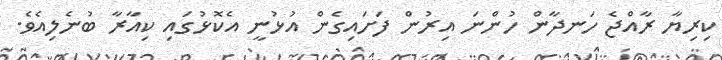
ކިރިޔާ ރާއްޖެ ހަނދާން ހުންނަ އިރުން ފަށައިގެން އުޅުނީ އެކޮޅުގައި ކިއާރާ ބުނެލިއެވެ.